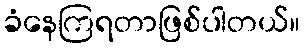
ခံနေကြရတာဖြစ်ပါတယ်။